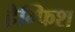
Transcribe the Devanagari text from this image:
हैग्फिश